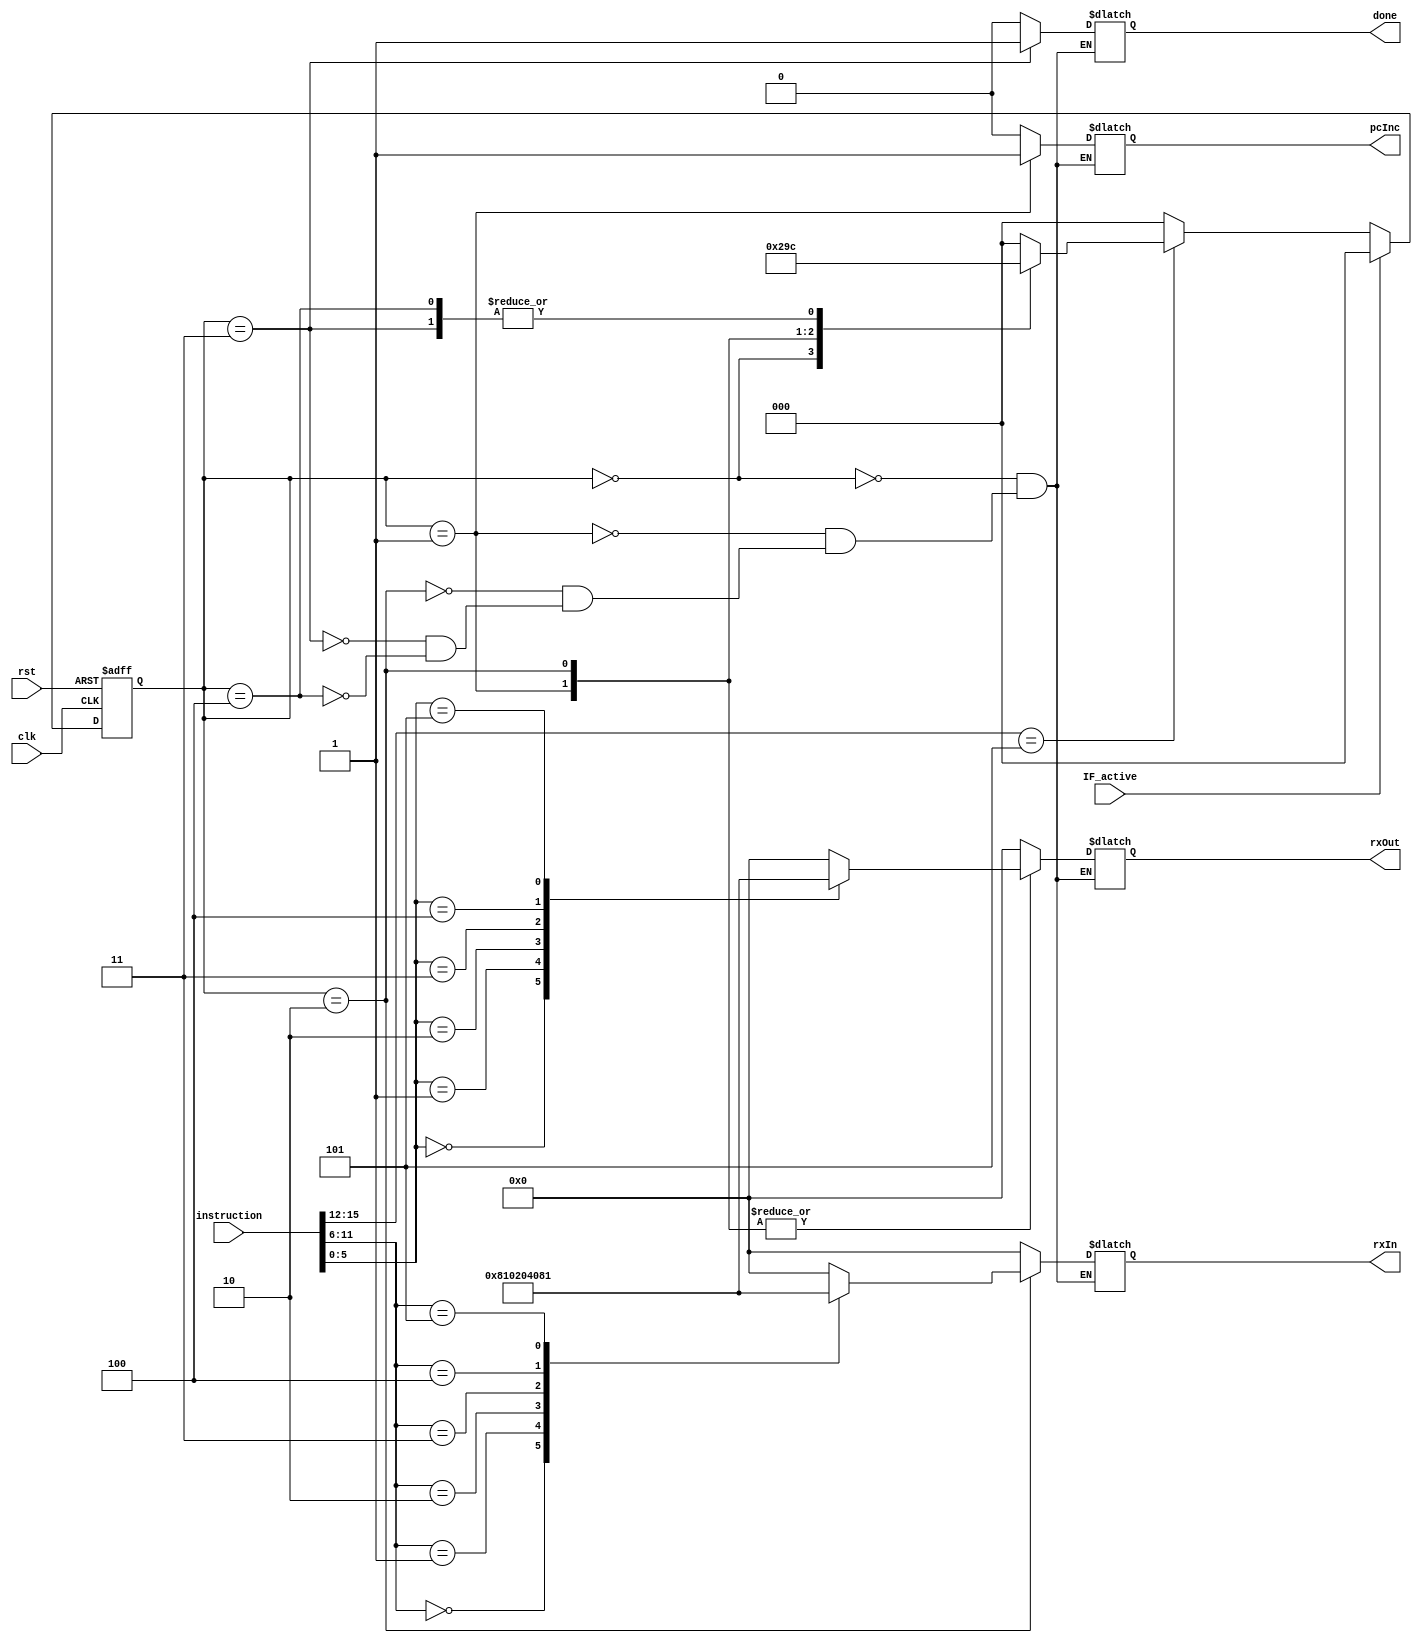
module MOVFSM(clk, rst, instruction, done, rxOut, rxIn, pcInc, IF_active);
    input clk, rst, IF_active;
    input[15:0] instruction;
    wire[3:0] opCode = instruction[15:12];
    wire[5:0] param1 = instruction[11:6];
    wire[5:0] param2 = instruction[5:0];

    output reg done, pcInc;
    output reg[5:0] rxOut, rxIn;

    reg[2:0] pres_state, next_state;
    parameter st0 = 3'b000, st1 = 3'b001, st2 = 3'b010, st3 = 3'b011, st4 = 3'b100;

    // State register
    always @(posedge clk or posedge rst) begin
        if(rst)
            pres_state <= st0;
        else if(IF_active)
            pres_state <= st0;
        else if(opCode == 4'b0101)
            pres_state <= next_state;
        else
            pres_state <= st0;
    end

    // Next state logic
    always @(pres_state) begin
        case(pres_state)
            st0: next_state <= st1;
            st1: next_state <= st2;
            st2: next_state <= st3;
            st3: next_state <= st4;
            st4: next_state <= st4;
            default: next_state <= st0;
        endcase
    end

    // Output definition
    always @(pres_state) begin
        case(pres_state)
            st0: begin
                done <= 0;rxOut <= 6'b000000;rxIn <= 6'b000000;pcInc <= 0;
            end
            st1: begin
                done <= 0;rxIn <= 6'b000000;pcInc <= 1;
                case(param2) // Pull the data from the gen reg in param2
                    6'b000000: rxOut <= 6'b100000;
                    6'b000001: rxOut <= 6'b010000;
                    6'b000010: rxOut <= 6'b001000;
                    6'b000011: rxOut <= 6'b000100;
                    6'b000100: rxOut <= 6'b000010;
                    6'b000101: rxOut <= 6'b000001;
                    default: rxOut <= 6'b000000;
                endcase
            end
            st2: begin
                done <= 0;pcInc <= 0;
                case(param2) // Pull the data from the gen reg in param2
                    6'b000000: rxOut <= 6'b100000;
                    6'b000001: rxOut <= 6'b010000;
                    6'b000010: rxOut <= 6'b001000;
                    6'b000011: rxOut <= 6'b000100;
                    6'b000100: rxOut <= 6'b000010;
                    6'b000101: rxOut <= 6'b000001;
                    default: rxOut <= 6'b000000;
                endcase
                case(param1) // Store the data into the gen reg in param1
                    6'b000000: rxIn <= 6'b100000;
                    6'b000001: rxIn <= 6'b010000;
                    6'b000010: rxIn <= 6'b001000;
                    6'b000011: rxIn <= 6'b000100;
                    6'b000100: rxIn <= 6'b000010;
                    6'b000101: rxIn <= 6'b000001;
                    default: rxIn <= 6'b000000;
                endcase
            end
            st3: begin
                done <= 1;rxOut <= 6'b000000;rxIn <= 6'b000000;pcInc <= 0;
            end
            st4: begin
                done <= 0;rxOut <= 6'b000000;rxIn <= 6'b000000;pcInc <= 0;
            end
        endcase
    end
endmodule